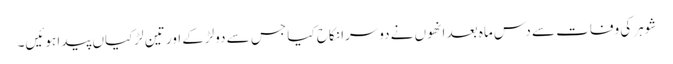
شوہر کی وفات سے دس ماہ بعد انھوں نے دوسرا نکاح کیا جس سے دولڑکے اور تین لڑکیاں پیدا ہوئیں۔